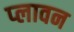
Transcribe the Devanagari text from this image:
प्‍लावन